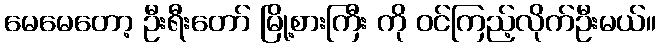
မေမေတော့ ဦးရီးတော် မြို့စားကြီး ကို ဝင်ကြည့်လိုက်ဦးမယ်။